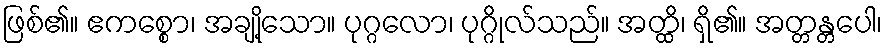
ဖြစ်၏။ ဧကစ္စော၊ အချို့သော။ ပုဂ္ဂလော၊ ပုဂ္ဂိုလ်သည်။ အတ္ထိ၊ ရှိ၏။ အတ္တန္တပေါ၊